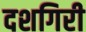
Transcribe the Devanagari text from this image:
दशगिरी